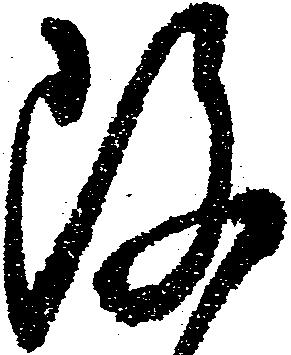
改